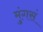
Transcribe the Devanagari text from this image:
मुंगसं